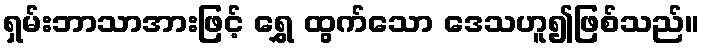
ရှမ်းဘာသာအားဖြင့် ရွှေ ထွက်သော ဒေသဟူ၍ဖြစ်သည်။